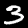
Label: 3